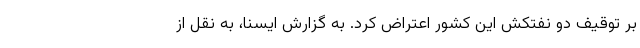
بر توقیف دو نفتکش این کشور اعتراض کرد. به گزارش ایسنا، به نقل از